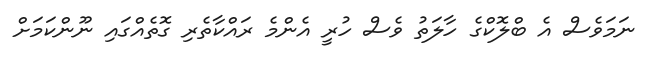
ނަމަވެސް އެ ބްލޮކްގެ ހާލަތު ވެސް ހުރީ އެންމެ ރައްކާތެރި ގޮތެއްގައި ނޫންކަމަށް